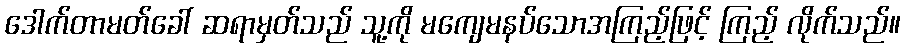
ဒေါက်တာမတ်ခေါ် ဆရာမှတ်သည် သူ့ကို မကျေမနပ်သောအကြည့်ဖြင့် ကြည့် လိုက်သည်။